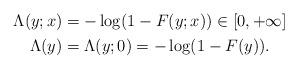
LaTeX: \begin{align*}\begin{gathered}\Lambda(y;x)=-\log(1-F(y;x))\in[0,+\infty]\\\Lambda(y)=\Lambda(y;0)=-\log(1-F(y)).\end{gathered}\end{align*}